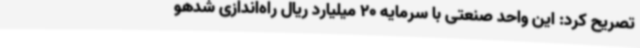
تصریح کرد: این واحد صنعتی با سرمایه 20 میلیارد ریال راه‌اندازی شدهو